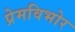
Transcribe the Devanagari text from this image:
प्रेमविभोर